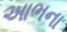
આભના